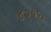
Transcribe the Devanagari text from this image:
४२१६